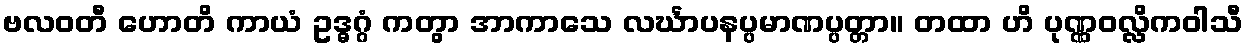
ဗလဝတီ ဟောတိ ကာယံ ဥဒ္ဓဂ္ဂံ ကတွာ အာကာသေ လင်္ဃာပနပ္ပမာဏပ္ပတ္တာ။ တထာ ဟိ ပုဏ္ဏဝလ္လိကဝါသီ